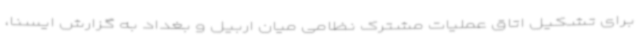
برای تشکیل اتاق عملیات مشترک نظامی میان اربیل و بغداد به گزارش ایسنا،